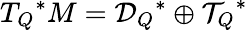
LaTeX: {T_{Q}}^{*}M={{\cal D}_{Q}}^{*}\oplus{{\cal T}_{Q}}^{*}